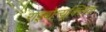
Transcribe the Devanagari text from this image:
राइबोन्यूक्लिक